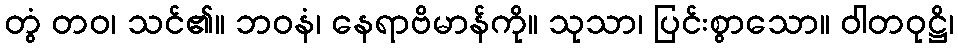
တွံ တဝ၊ သင်၏။ ဘဝနံ၊ နေရာဗိမာန်ကို။ သုသာ၊ ပြင်းစွာသော။ ဝါတဝုဋ္ဌိ၊